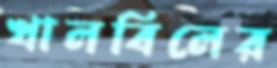
খালবিলের